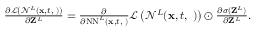
\begin{array} { r } { \frac { \partial \mathcal { L } \left( \mathcal { N } ^ { L } ( { \bf x } , t , { \bf \phi } ) \right) } { \partial { \bf Z } ^ { L } } = \frac { \partial } { \partial \mathrm { N N } ^ { L } ( { \bf x } , t , { \bf \phi } ) } \mathcal { L } \left( \mathcal { N } ^ { L } ( { \bf x } , t , { \bf \phi } ) \right) \odot \frac { \partial \sigma ( { \bf Z } ^ { L } ) } { \partial { \bf Z } ^ { L } } . } \end{array}